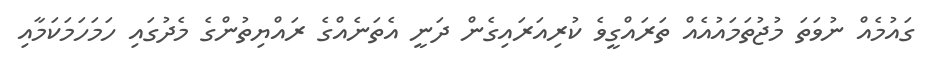
ގައުމެއް ނުވަތަ މުޖުތަމައުއެއް ތަރައްގީވެ ކުރިއަަރައިގެން ދަނީ އެތަނެއްގެ ރައްޔިތުންގެ މެދުގައި ހަމަހަމަކަމާއި